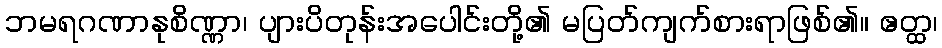
ဘမရဂဏာနုစိဏ္ဏာ၊ ပျားပိတုန်းအပေါင်းတို့၏ မပြတ်ကျက်စားရာဖြစ်၏။ ဧတ္ထ၊